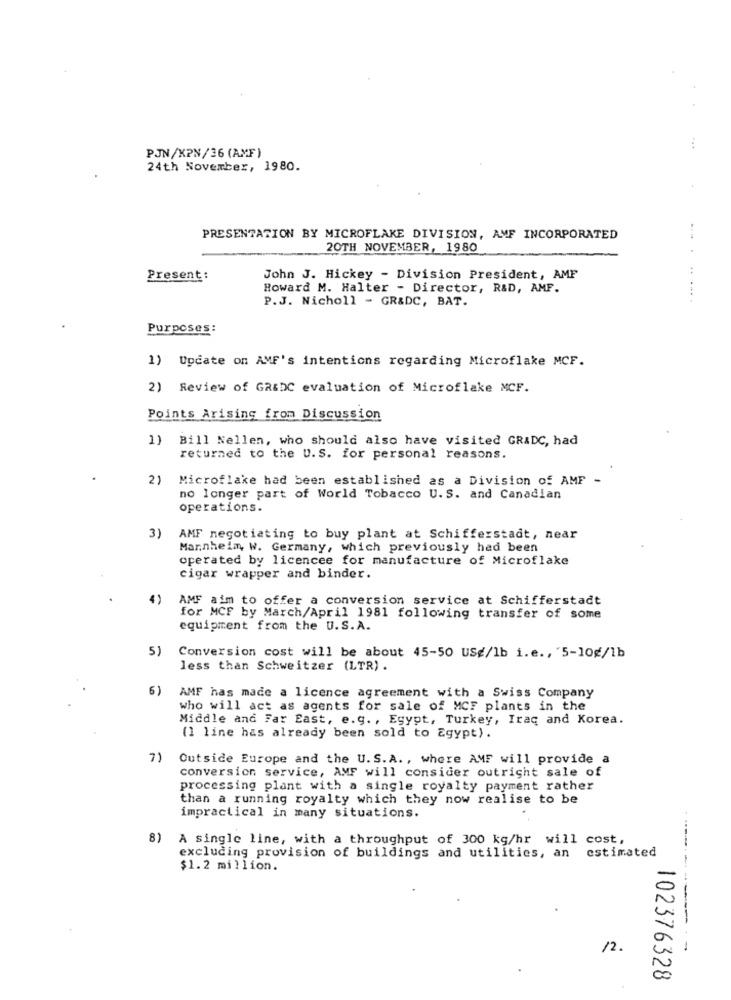
...
PJN/XPN/36 (AMF)
24th November, 1980.
PRESENTATION BY MICROFLAKE DIVISION, AMF INCORPORATED
--
20TH NOVEMBER, 1980
Present:
John J. Hickey - Division President, AMP
Howard M. Halter - Director, R&D, AMF.
P.J. Nicholl - GR&DC, BAT.
......
Purposes:
1) Update on AMF's intentions regarding Microflake MCF.
2) Review of GR&DC evaluation of Microflake MCF.
Points Arising from Discussion
1)
Bill Nellen, who should also have visited GRADC, had
returned to the U.S. for personal reasons.
2)
Microflake had been established as a Division of AMF -
no longer part of World Tobacco U. S. and Canadian
operations.
3)
AMF negotiating to buy plant at Schifferstadt, near
Mannheim, W. Germany, which previously had been
operated by licencee for manufacture of Microflake
cigar wrapper and binder.
4)
AMF aim to offer a conversion service at Schifferstadt
for MCF by March/April 1981 following transfer of some
equipment from the U.S. A.
5)
Conversion cost will be about 45-50 USe/1b i.e ., 5-10¢/1b
less than Schweitzer (LTR) .
6)
AMF has made a licence agreement with a Swiss Company
who will act as agents for sale of MCF plants in the
Middle and Far East, e.g. , Egypt, Turkey, Iraq and Korea.
(1 line has already been sold to Egypt).
7)
Outside Europe and the U. S.A ., where AMF will provide a
conversion service, AMF will consider outright sale of
processing plant with a single royalty payment rather
than a running royalty which they now realise to be
impractical in many situations.
8) A single line, with a throughput of 300 kg/hr will cost,
excluding provision of buildings and utilities, an
estimated
$1.2 million.
12.
102376328